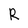
Character: R